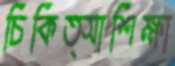
চিকিত্সাশিক্ষা